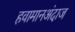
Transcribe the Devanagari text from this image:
हवामानअंदाज